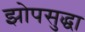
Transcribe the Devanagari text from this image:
झोपसुद्धा